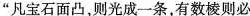
“凡宝石面凸，则光成一条，有数棱则必